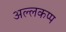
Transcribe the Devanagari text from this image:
अल्लकप्प